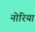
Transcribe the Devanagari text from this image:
नोरिया